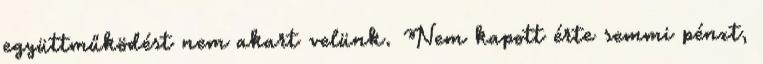
együttműködést nem akart velünk. Nem kapott érte semmi pénzt,